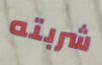
شربته